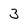
Character: 3